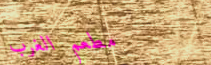
مطعم الغرب